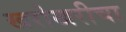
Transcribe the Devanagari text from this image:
खरोखरीचा